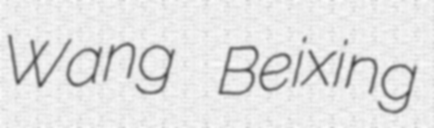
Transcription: Wang Beixing